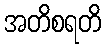
အတိစရတိ